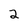
Character: 2